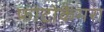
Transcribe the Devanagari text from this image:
फोटोकैमरा